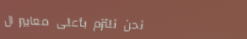
نحن نلتزم بأعلى معايير ال